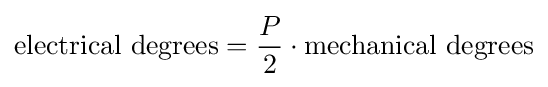
{\text{electrical degrees}}={\frac {P}{2}}\cdot {\text{mechanical degrees}}